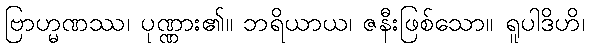
ဗြာဟ္မဏဿ၊ ပုဏ္ဏား၏။ ဘရိယာယ၊ ဇနီးဖြစ်သော။ ရူပါဒိဟိ၊